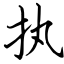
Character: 执